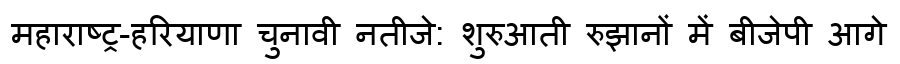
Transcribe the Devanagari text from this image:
महाराष्ट्र-हरियाणा चुनावी नतीजे: शुरुआती रुझानों में बीजेपी आगे